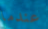
عندما